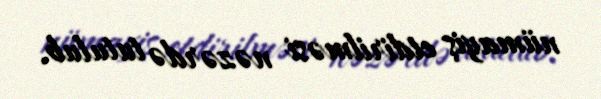
nümayiş etdirilməsi nəzərdə tutulub.